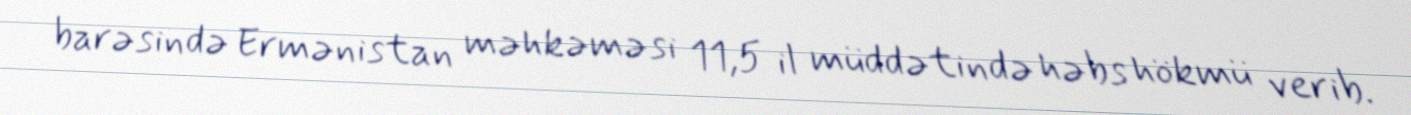
barəsində Ermənistan məhkəməsi 11,5 il müddətində həbs hökmü verib.